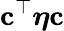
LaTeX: \mathbf{c}^{\top}\boldsymbol\eta\mathbf{c}